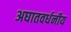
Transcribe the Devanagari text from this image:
अघातवर्धनीय